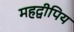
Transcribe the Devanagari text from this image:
महद्वीपिय